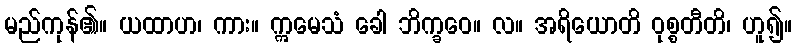
မည်ကုန်၏။ ယထာဟ၊ ကား။ ဣမေသံ ခေါ ဘိက္ခဝေ။ လ။ အရိယောတိ ဝုစ္စတီတိ၊ ဟူ၍။